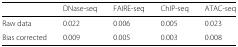
|  | DNase-seq | FAIRE-seq | ChIP-seq | ATAC-seq |
 | --- | --- | --- | --- | --- |
 | Raw data | 0.022 | 0.006 | 0.005 | 0.023 |
 | Bias corrected | 0.009 | 0.005 | 0.003 | 0.008 |